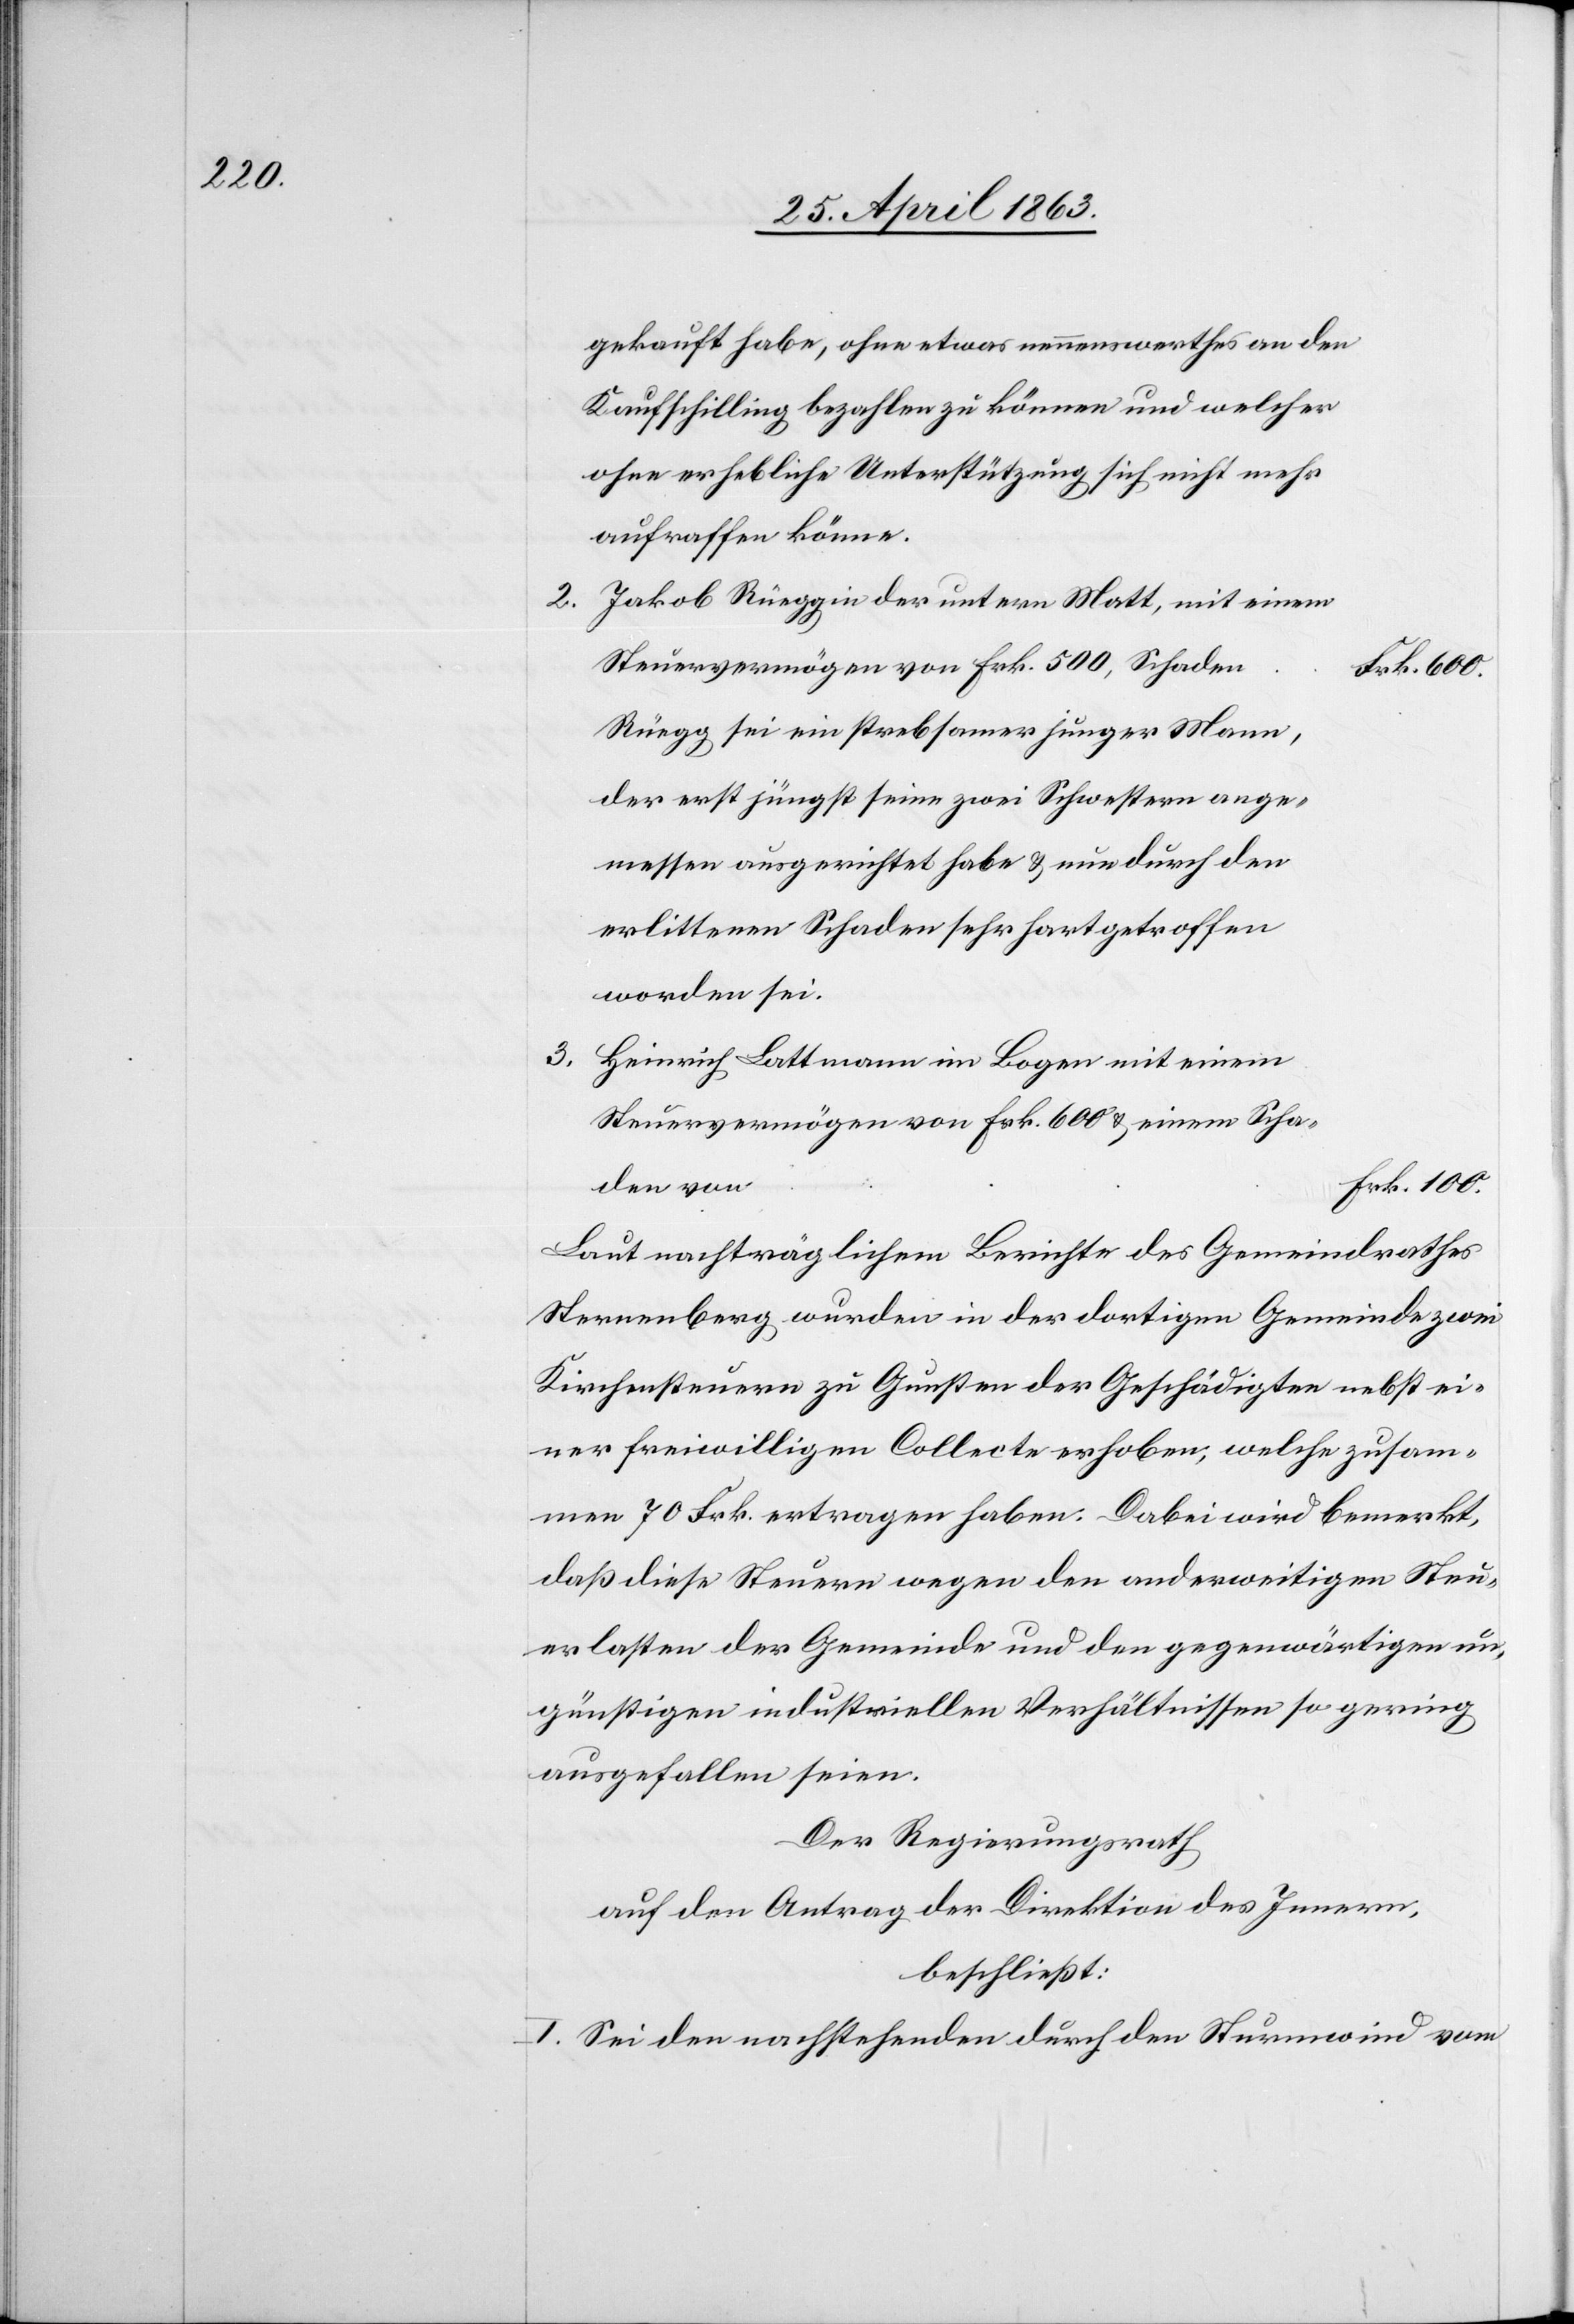
100.

gekauft habe, ohne etwas nennenswerthes an den
Kaufschilling bezahlen zu können und welcher
ohne erhebliche Unterstützung sich nicht mehr
aufraffen könne.
Jakob Rüegg in der untern Matt, mit einem
Steuervermögen von Frk. 500, Schaden
Rüegg sei ein strebsamer junger Mann,
der erst jüngst seine zwei Schwestern ange¬
messen ausgerichtet habe & nun durch den
erlittenen Schaden sehr hart getroffen
worden sei.
3.
Heinrich Lattmatt im Bogen mit einem
Steuervermögen von Frk. 600 & einem Scha¬
den von
Laut nachträglichem Berichte des Gemeindrathes
Sternenberg wurden in der dortigen Gemeinde zwei
Kirchensteuern zu Gunsten der Geschädigten nebst ei¬
ner freiwilligen Collecte erhoben, welche zusam¬
men 70 Frk. ertragen haben. Dabei wird bemerkt,
daß diese Steuern wegen den anderweitigen Steu¬
erlasten der Gemeinde und den gegenwärtigen un¬
günstigen industriellen Verhältnissen so gering
ausgefallen seien.
Der Regierungsrath
auf den Antrag der Direktion des Innern,
beschließt:
I. Sei den nachstehenden durch den Sturmwind vom

2.